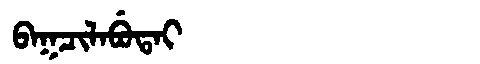
Manchu: ᠪᠠᡴᠴᡳᠯᠠᠪᡠᡨᠠᡳ
Romanization: BAKCILABUTAI